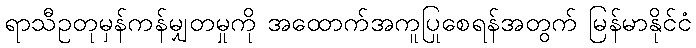
ရာသီဥတုမှန်ကန်မျှတမှုကို အထောက်အကူပြုစေရန်အတွက် မြန်မာနိုင်ငံ